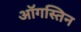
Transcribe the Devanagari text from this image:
ऑगस्तिन